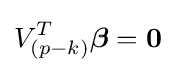
V_{(p-k)}^{T}{\boldsymbol {\beta }}=\mathbf {0}